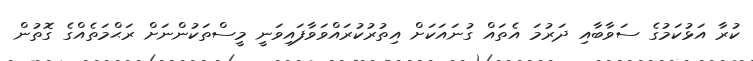
ކުރާ އަޅުކަމުގެ ސަވާބާއި ދަރުމަ އެތައް ގުނައަކަށް އިތުރުކުރައްވަވާފައިވަނީ މީސްތަކުންނަށް ރަޙްމަތެއްގެ ގޮތުން